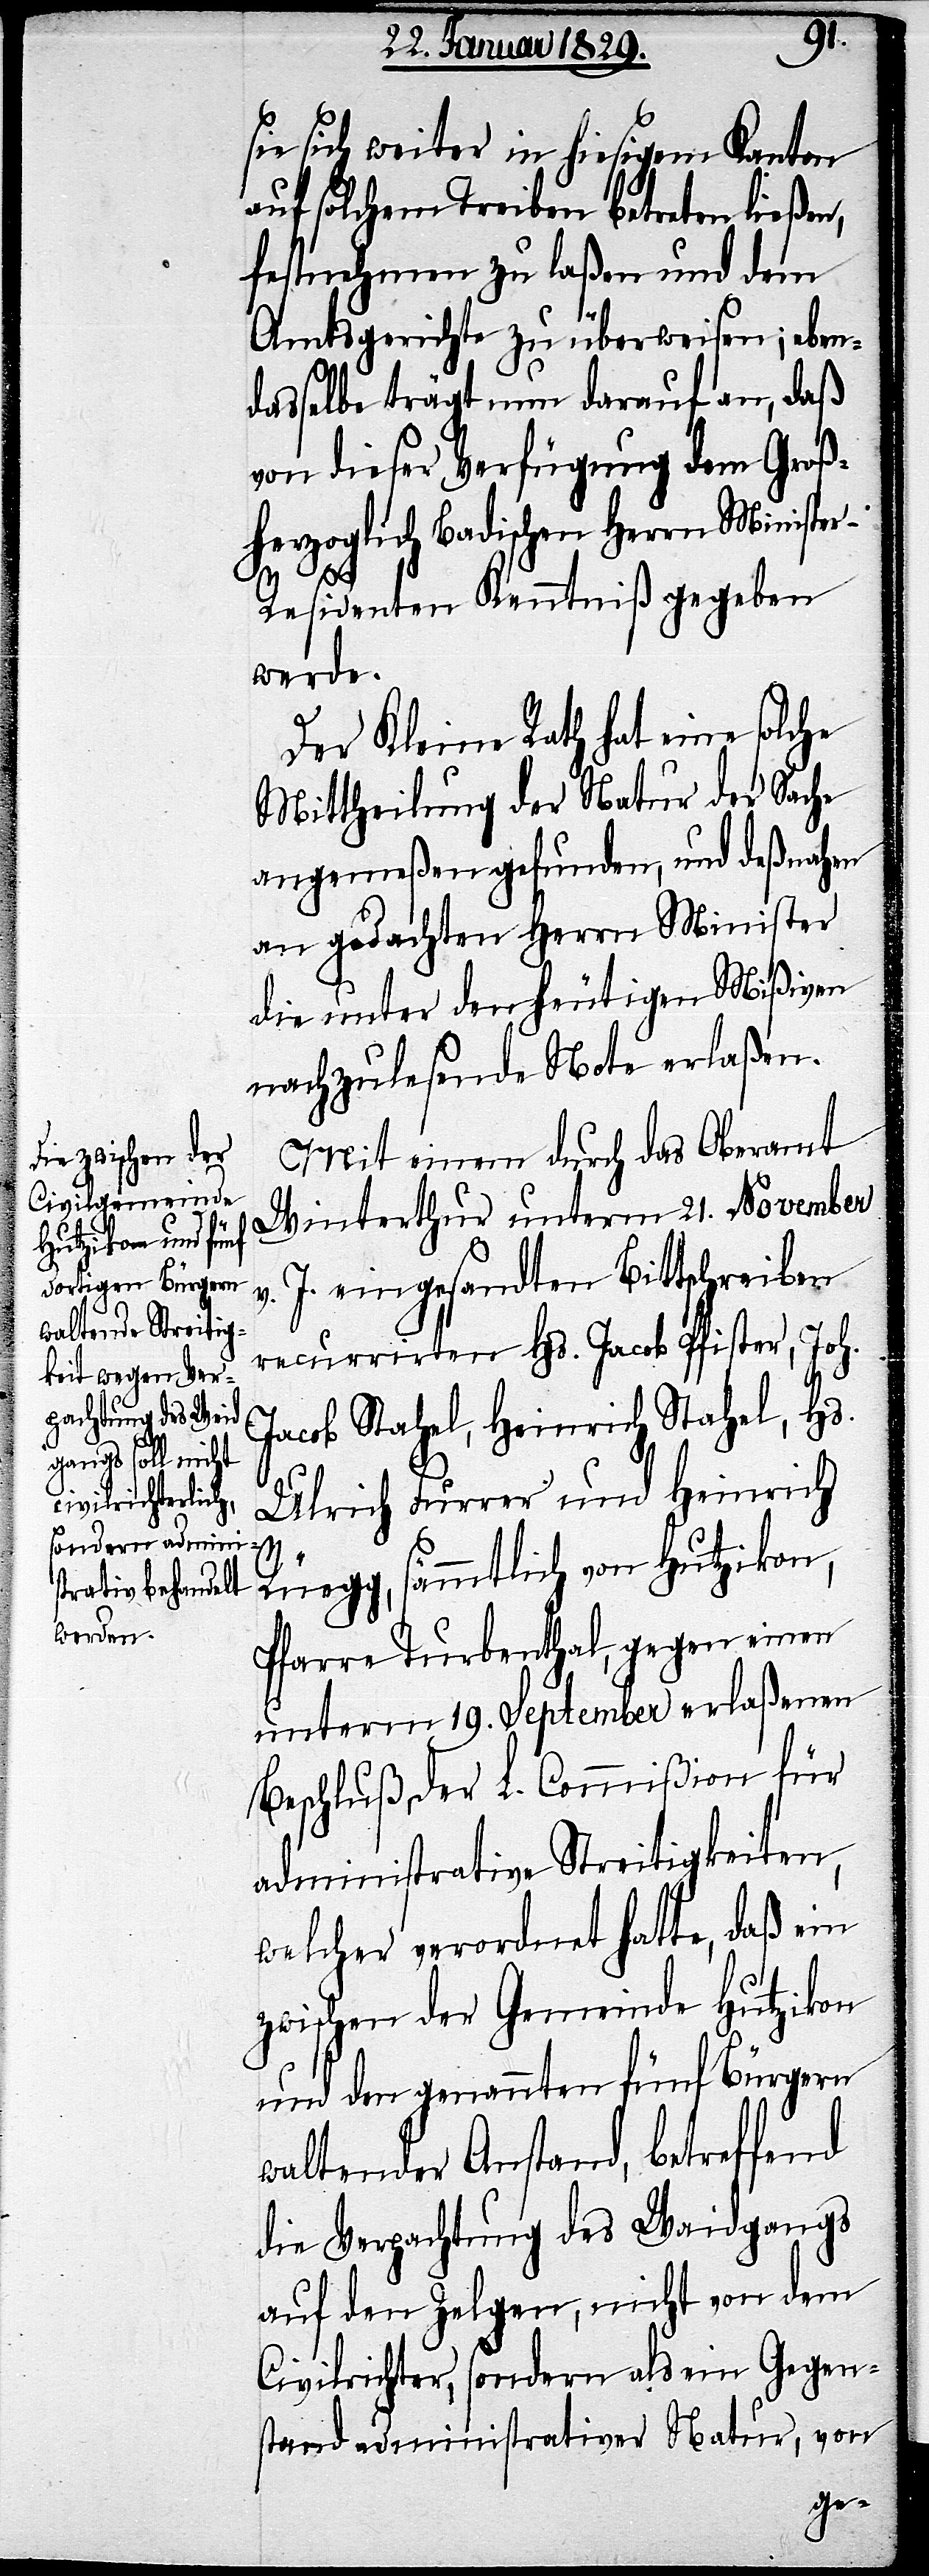
sie sich weiter in hiesigem Kanton
auf solchem Treiben betreten ließen,
festnehmen zu laßen und dem
Amtsgerichte zu überweisen; eben¬
dasselbe trägt nun darauf an, daß
von dieser Verfügung dem Groß¬
herzoglich Badischen Herrn Ministe¬
r-Residenten Kenntniß gegeben
werde.
Der Kleine Rath hat eine solche
Mittheilung der Natur der Sache
angemeßen gefunden, und deßnahen
an gedachten Herrn Minister
die unter den heutigen Mißiven
nachzulesende Note erlaßen.
Mit einem durch das Oberamt
Winterthur unterm 21. November
v. J. eingesandten Bittschreiben
recurrirten Hs. Jacob Pfister, Joh.
Jacob Stahel, Heinrich Stahel, Hs.
Ulrich Furrer und Heinrich
Rüegg, sämmtlich von Hutzikon,
Pfarre Turbenthal, gegen einen
unterm 19. September erlaßenen
Beschluß der L. Commißion für
administrative Streitigkeiten,
welcher verordnet hatte, daß ein
zwischen der Gemeinde Hutzikon
und den genannten fünf Bürgern
waltender Anstand, betreffend
die Verpachtung des Waidgangs,
auf den Zelgen, nicht von dem
Civilrichter, sondern als ein Gegen¬
stand administrativer Natur, von